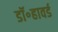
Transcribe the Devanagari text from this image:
डॉ॰हावर्ड